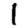
Digit: 1